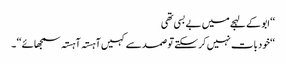
‘‘ ابو کے لہجے میں بے بسی تھی
‘‘خود بات نہیں کر سکتے تو صمد سے کہیں آہستہ آہستہ سمجھائے ‘‘ ۔